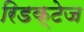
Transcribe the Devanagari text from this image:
रिडक्टेज